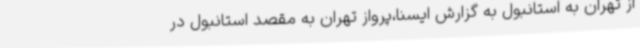
از تهران به استانبول به گزارش ایسنا،پرواز تهران به مقصد استانبول در